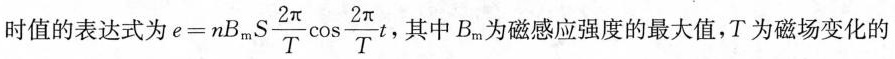
时值的表达式为 $$e = n B_{m} S \frac { 2 π } { T} \ cos \frac { 2 π } { T } t$$ ，其中B_{m}为磁感应强度的最大值，T 为磁场变化的